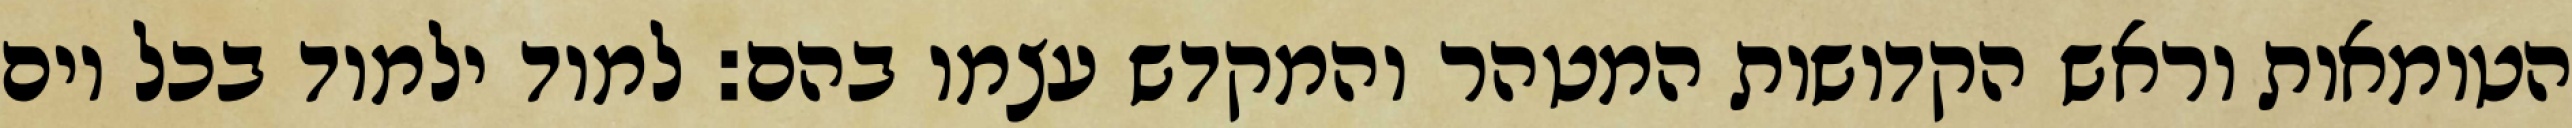
הטומאות וראש הקדושות המטהר והמקדש עצמו בהם: למוד ילמוד בכל יום